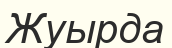
Жуырда